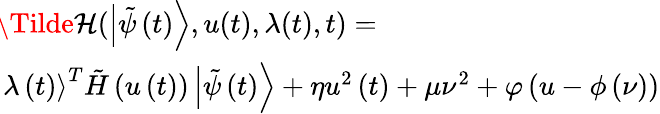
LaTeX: \begin{array}{rl}&{\! \! \! \! \! \! \! \Tilde{\mathcal{H}}(\left|\tilde{\psi}\left(t\right)\right\rangle,u(t),\lambda(t),t)=}\\ &{\! \! \! \! \! \! \! \left|\lambda\left({t}\right)\right\rangle^{{T}}\tilde{H}\left(u\left(t\right)\right)\left|\tilde{\psi}\left(t\right)\right\rangle+\eta{{u}^{2}}\left(t\right)+\mu{{\nu}^{2}}+{\varphi\left(u-{{\phi}}\left(\nu\right)\right)}}\end{array}